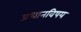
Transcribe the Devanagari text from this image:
प्रधानविषय